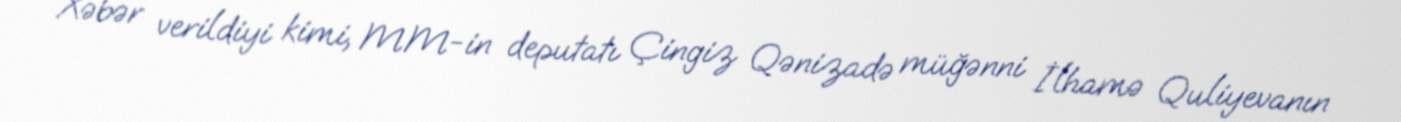
Xəbər verildiyi kimi, MM-in deputatı Çingiz Qənizadə müğənni İlhamə Quliyevanın